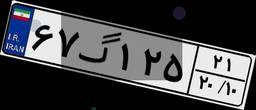
۶۷گ۱۲۵۲۱